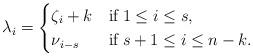
LaTeX: \begin{align*}\lambda_i=\begin{cases}\zeta_i+k&\mbox{if}\; 1\leq i\leq s,\\ \nu_{i-s} &\mbox{if}\; s+1\leq i\leq n-k.\end{cases}\end{align*}